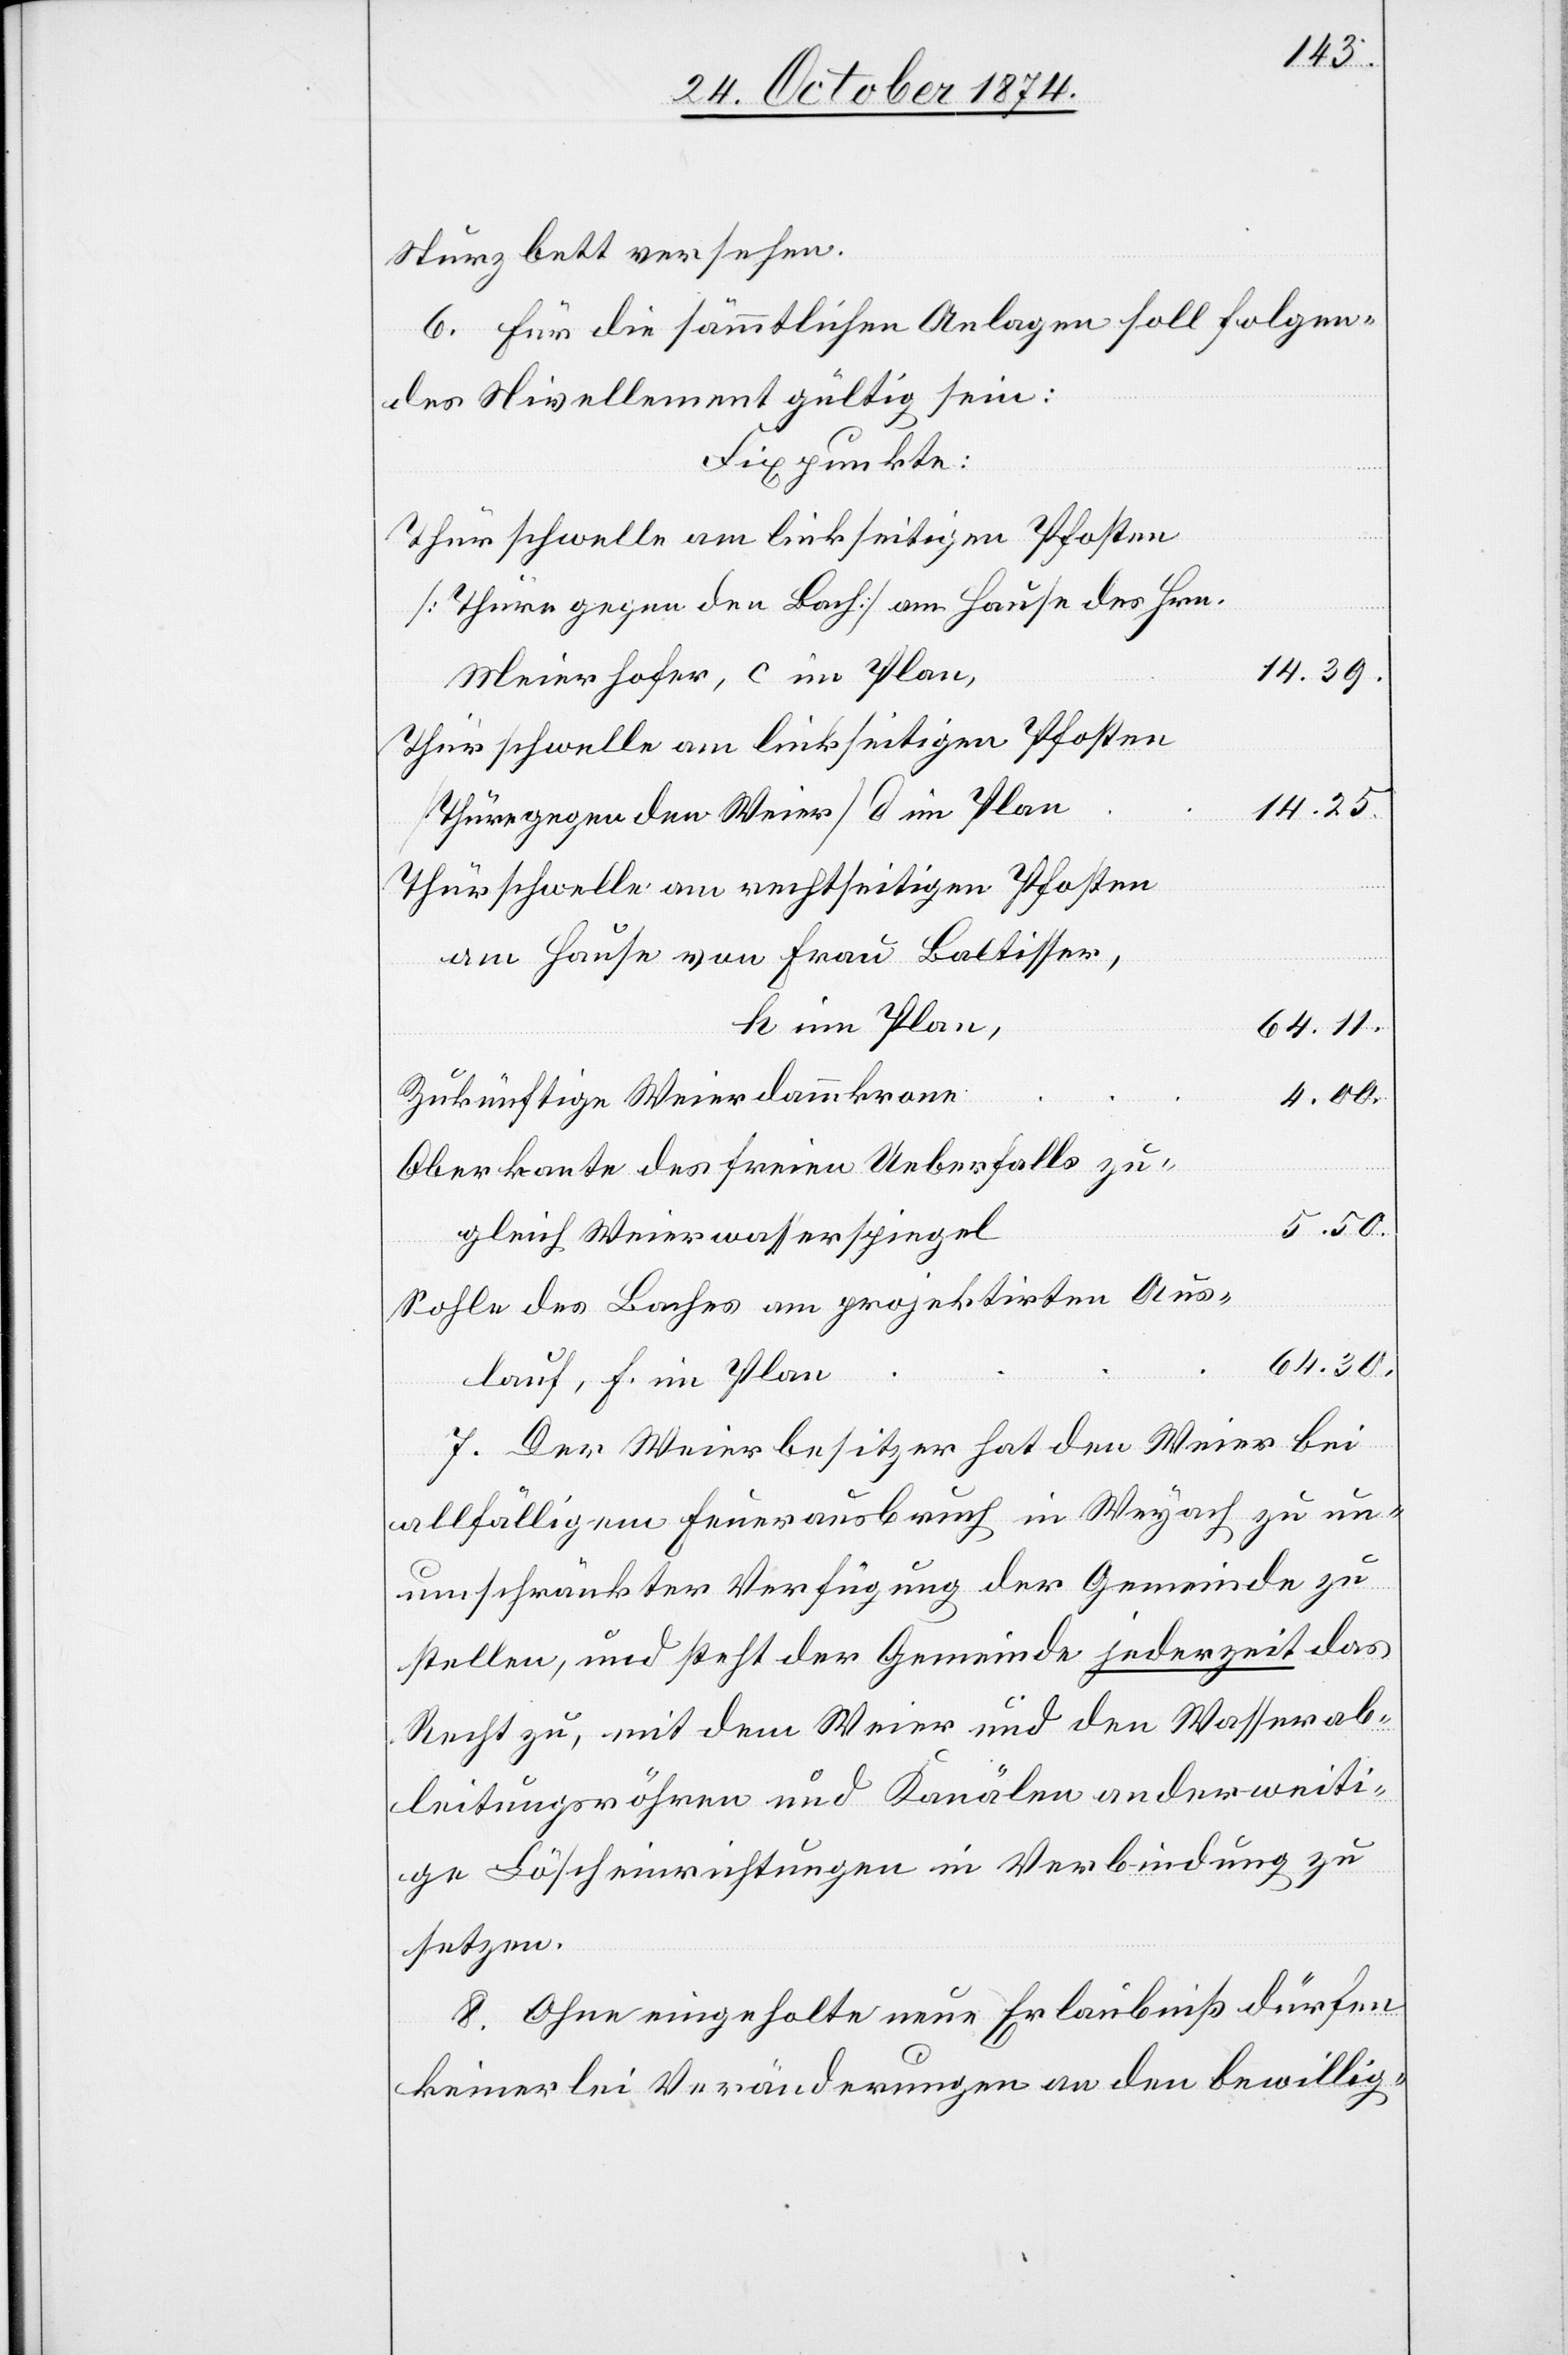
Sturzbett versehen.
6. Für die sämmtlichen Anlagen soll folgen¬
des Nivellement gültig sein:
Fixpunkte:
Thürschwelle am linkseitigen Pfosten
[Thüre gegen den Bach] am Hause des Hrn.
14.39.
Meierhofer, c im Plan,
14.25.
[Thür gegen den Weier] d im Plan
Thürschwelle am rechtseitigen Pfosten
am Hause von Frau Ballisser,
h im Plan,
64.11.
4.00.
Zukünftige Weierdammkrone
Oberkante des freien Ueberfalls zu¬
5.50.
gleich Weierwasserspiegel
Sohle des Baches am projektirten Aus¬
64.30.
lauf, f. im Plan
7. Der Weierbesitzer hat den Weier bei
allfälligem Feuerausbruch in Weyach zu un¬
umschränkter Verfügung der Gemeinde zu
stellen, und steht der Gemeinde jederzeit das
Recht zu, mit dem Weier und den Wasserab¬
leitungsröhren und Kanälen anderweiti¬
ge Löscheinrichtungen in Verbindung zu
setzen.
8. Ohne eingeholte neue Erlaubniß dürfen
keinerlei Veränderungen an den bewillig-